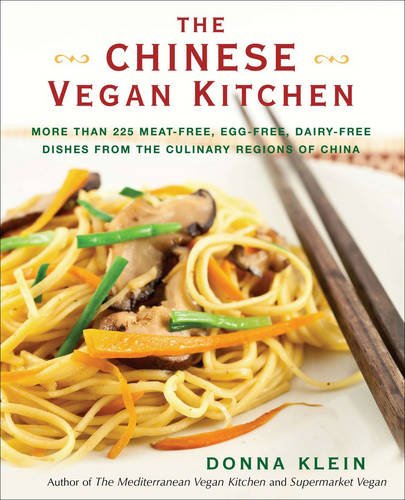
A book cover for The Chinese Vegan Kitchen: More Than 225 Meat-free, Egg-free, Dairy-free Dishes from the Culinary Regions o f China; Donna Klein; Cookbooks, Food & Wine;